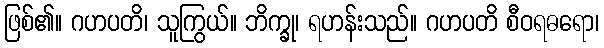
ဖြစ်၏။ ဂဟပတိ၊ သူကြွယ်။ ဘိက္ခု၊ ရဟန်းသည်။ ဂဟပတိ စီဝရဓရော၊